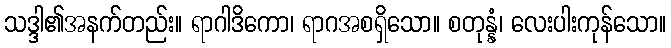
သဒ္ဒါ၏အနက်တည်း။ ရာဂါဒိကော၊ ရာဂအစရှိသော။ စတုန္နံ၊ လေးပါးကုန်သော။